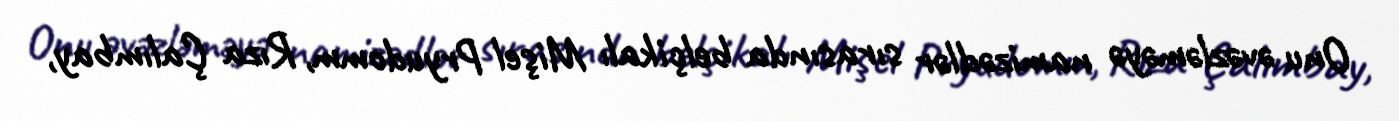
Onu əvəzləməyə namizədlər sırasında belçikalı Mişel Pryudomm, Rıza Çalımbay,